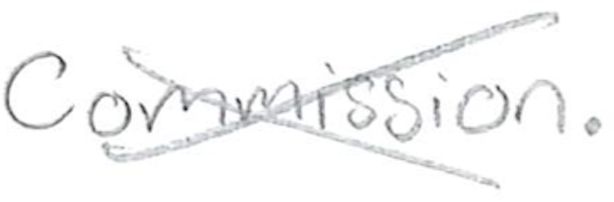
Text: Commission.
Cross-out: cross
Writing tool: pencil